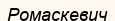
Ромаскевич